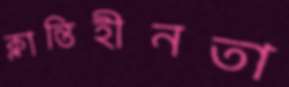
ক্লান্তিহীনতা